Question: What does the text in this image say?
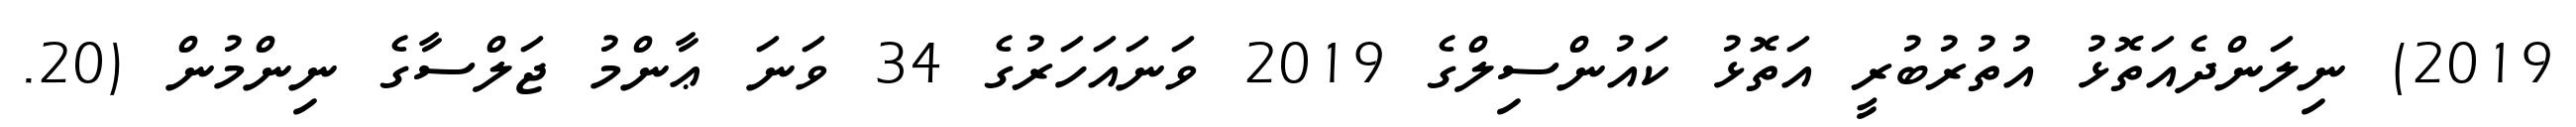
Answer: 2019) ނިލަންދެއަތޮޅު އުތުރުބުރީ އަތޮޅު ކައުންސިލްގެ 2019 ވަނައަހަރުގެ 34 ވަނަ ޢާންމު ޖަލްސާގެ ނިންމުން (20.